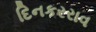
દિનકરરાવ